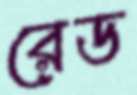
রেড